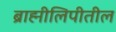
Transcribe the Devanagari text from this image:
ब्राह्मीलिपीतील